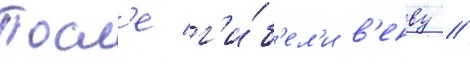
Посл'е г'и́б'ел'и в'енву /